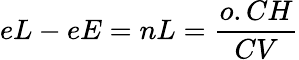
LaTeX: eL-eE=nL={\frac{o.CH}{CV}}